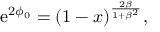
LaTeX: \mathrm { e } ^ { 2 \phi _ { 0 } } = ( 1 - x ) ^ { \frac { 2 \beta } { 1 + \beta ^ { 2 } } } ,